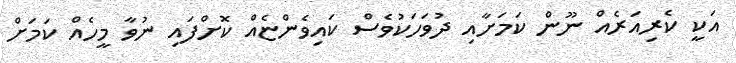
އަކީ ކެރިއަރެއް ނޫން ކަމަށާއި ދުވަހަކުވެސް ކައިވެންޏެއް ކޮށްފައި ނުވާ މީހެއް ކަަމަަށް